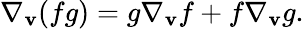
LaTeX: \nabla_{\mathbf{v}}(fg)=g\nabla_{\mathbf{v}}f+f\nabla_{\mathbf{v}}g.